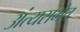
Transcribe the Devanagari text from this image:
अंत्यसभेत